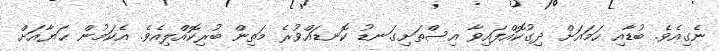
ނެގިއެވެ. ބުޑާއި ހަމައަށް ދިގުކޮއްފައިވާ އިސްތަށިގަނޑު ކޮނޑައްވުރެ މަތިން ބުރިކޮއްލިއެވެ. އެކަމުން ޙަޔާއަށް